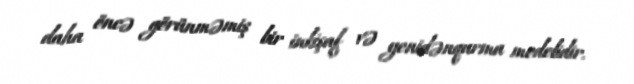
daha öncə görünməmiş bir inkişaf və yenidənqurma modelidir.